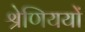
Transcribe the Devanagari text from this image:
श्रेणिययों